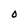
Character: 0